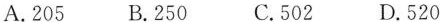
A.205 B.250 C.502 D.520